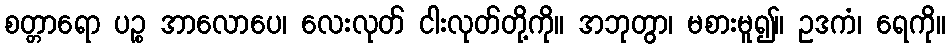
စတ္တာရော ပဉ္စ အာလောပေ၊ လေးလုတ် ငါးလုတ်တို့ကို။ အဘုတွာ၊ မစားမူ၍။ ဥဒကံ၊ ရေကို။